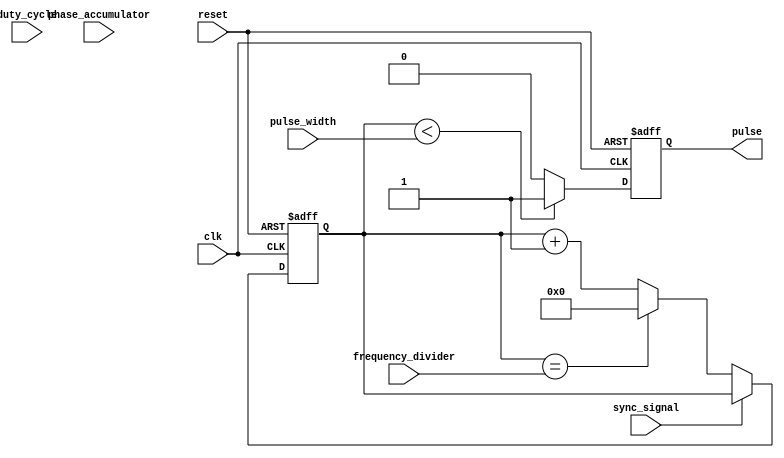
module variable_frequency_pulse_generator (
    input wire clk, // external clock signal
    input wire reset, // reset signal
    input wire [31:0] frequency_divider, // programmable frequency divider value
    input wire [31:0] phase_accumulator, // phase accumulator value
    input wire [31:0] pulse_width, // pulse width value
    input wire [31:0] duty_cycle, // duty cycle value
    input wire sync_signal, // synchronization signal
    
    output reg pulse // output pulse signal
);

reg [31:0] phase;
reg [31:0] counter;

always @(posedge clk or posedge reset) begin
    if (reset) begin
        phase <= 32'h00000000;
        counter <= 32'h00000000;
    end else begin
        if (sync_signal) begin // synchronize phase accumulator with external clock
            phase <= phase_accumulator;
        end else begin
            if (counter == frequency_divider) begin
                counter <= 32'h00000000;
                phase <= phase + 1;
            end else begin
                counter <= counter + 1;
            end
        end
    end
end

always @(posedge clk or posedge reset) begin
    if (reset) begin
        pulse <= 1'b0;
    end else begin
        if (counter < pulse_width) begin
            pulse <= 1'b1; // pulse width control
        end else begin
            pulse <= 1'b0;
        end
    end
end

endmodule